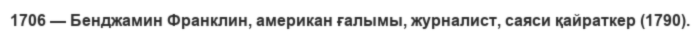
1706 — Бенджамин Франклин, американ ғалымы, журналист, саяси қайраткер (1790).